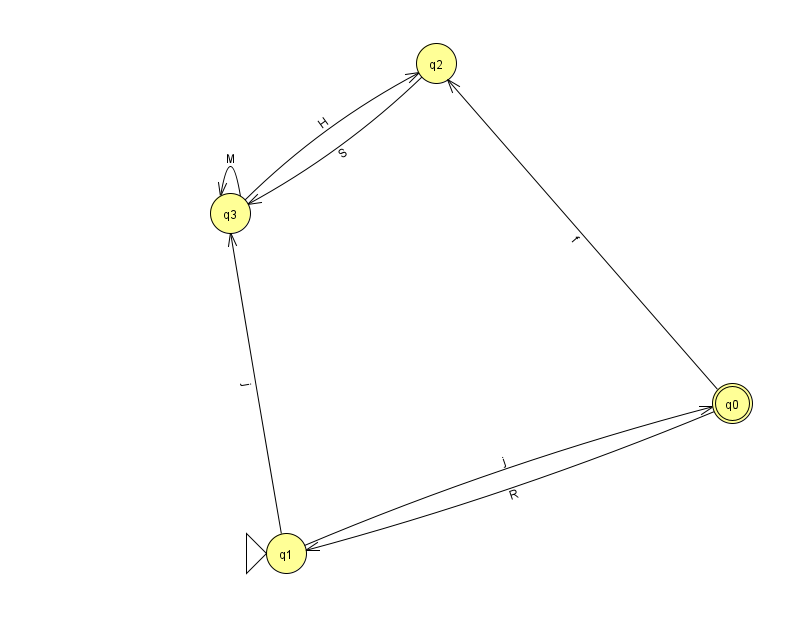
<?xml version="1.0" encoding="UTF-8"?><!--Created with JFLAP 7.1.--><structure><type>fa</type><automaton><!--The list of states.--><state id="0" name="q0"><x>732.0</x><y>390.0</y><final/></state><state id="1" name="q1"><x>286.0</x><y>540.0</y><initial/></state><state id="2" name="q2"><x>436.0</x><y>50.0</y></state><state id="3" name="q3"><x>230.0</x><y>200.0</y></state><!--The list of transitions.--><transition><from>1</from><to>0</to><read>j</read></transition><transition><from>2</from><to>3</to><read>S</read></transition><transition><from>3</from><to>2</to><read>H</read></transition><transition><from>0</from><to>1</to><read>R</read></transition><transition><from>1</from><to>3</to><read>j</read></transition><transition><from>3</from><to>3</to><read>M</read></transition><transition><from>0</from><to>2</to><read>f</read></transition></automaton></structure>